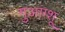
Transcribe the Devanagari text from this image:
गुआंग्शू